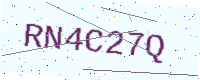
Text: RN4C27Q